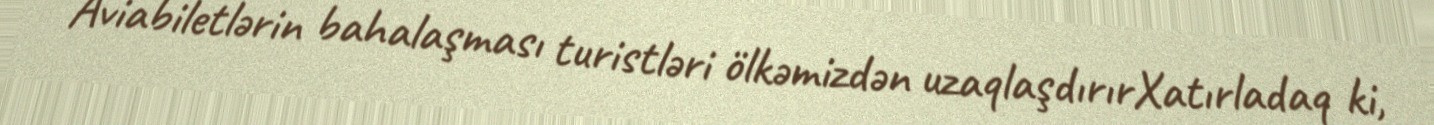
Aviabiletlərin bahalaşması turistləri ölkəmizdən uzaqlaşdırırXatırladaq ki,